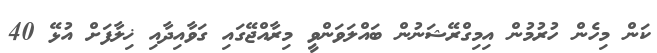
ކަން މިހެން ހުރުމުން އިމިގްރޭޝަނުން ބައްލަވަންވީ މިރާއްޖޭގައި ގަވާއިދާއި ޚިލާފަށް އުޅޭ 40